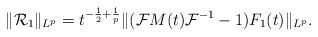
LaTeX: \begin{align*}\|\mathcal{R}_1\|_{L^p}&{}= t^{-\frac12+\frac1p}\|(\mathcal{F} M(t)\mathcal{F}^{-1}-1) F_1(t)\|_{L^p}.\end{align*}